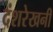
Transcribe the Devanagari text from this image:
दंशरेखनी